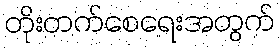
တိုးတက်စေရေးအတွက်